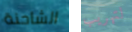
الشاحنة لتهريب